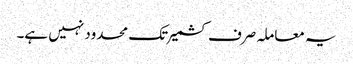
یہ معاملہ صرف کشمیر تک محدود نہیں ہے۔